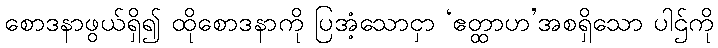
စောဒနာဖွယ်ရှိ၍ ထိုစောဒနာကို ပြအံ့သောငှာ ‘ဧတ္ထာဟ’အစရှိသော ပါဌ်ကို